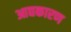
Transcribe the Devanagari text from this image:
आद्यकारण